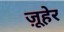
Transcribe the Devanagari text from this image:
ज़ूहेर